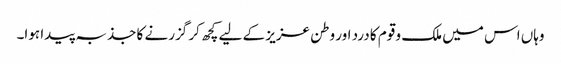
وہاں اس میں ملک و قوم کا درد اور وطن عزیز کے لیے کچھ کر گزرنے کا جذبہ پیدا ہوا۔